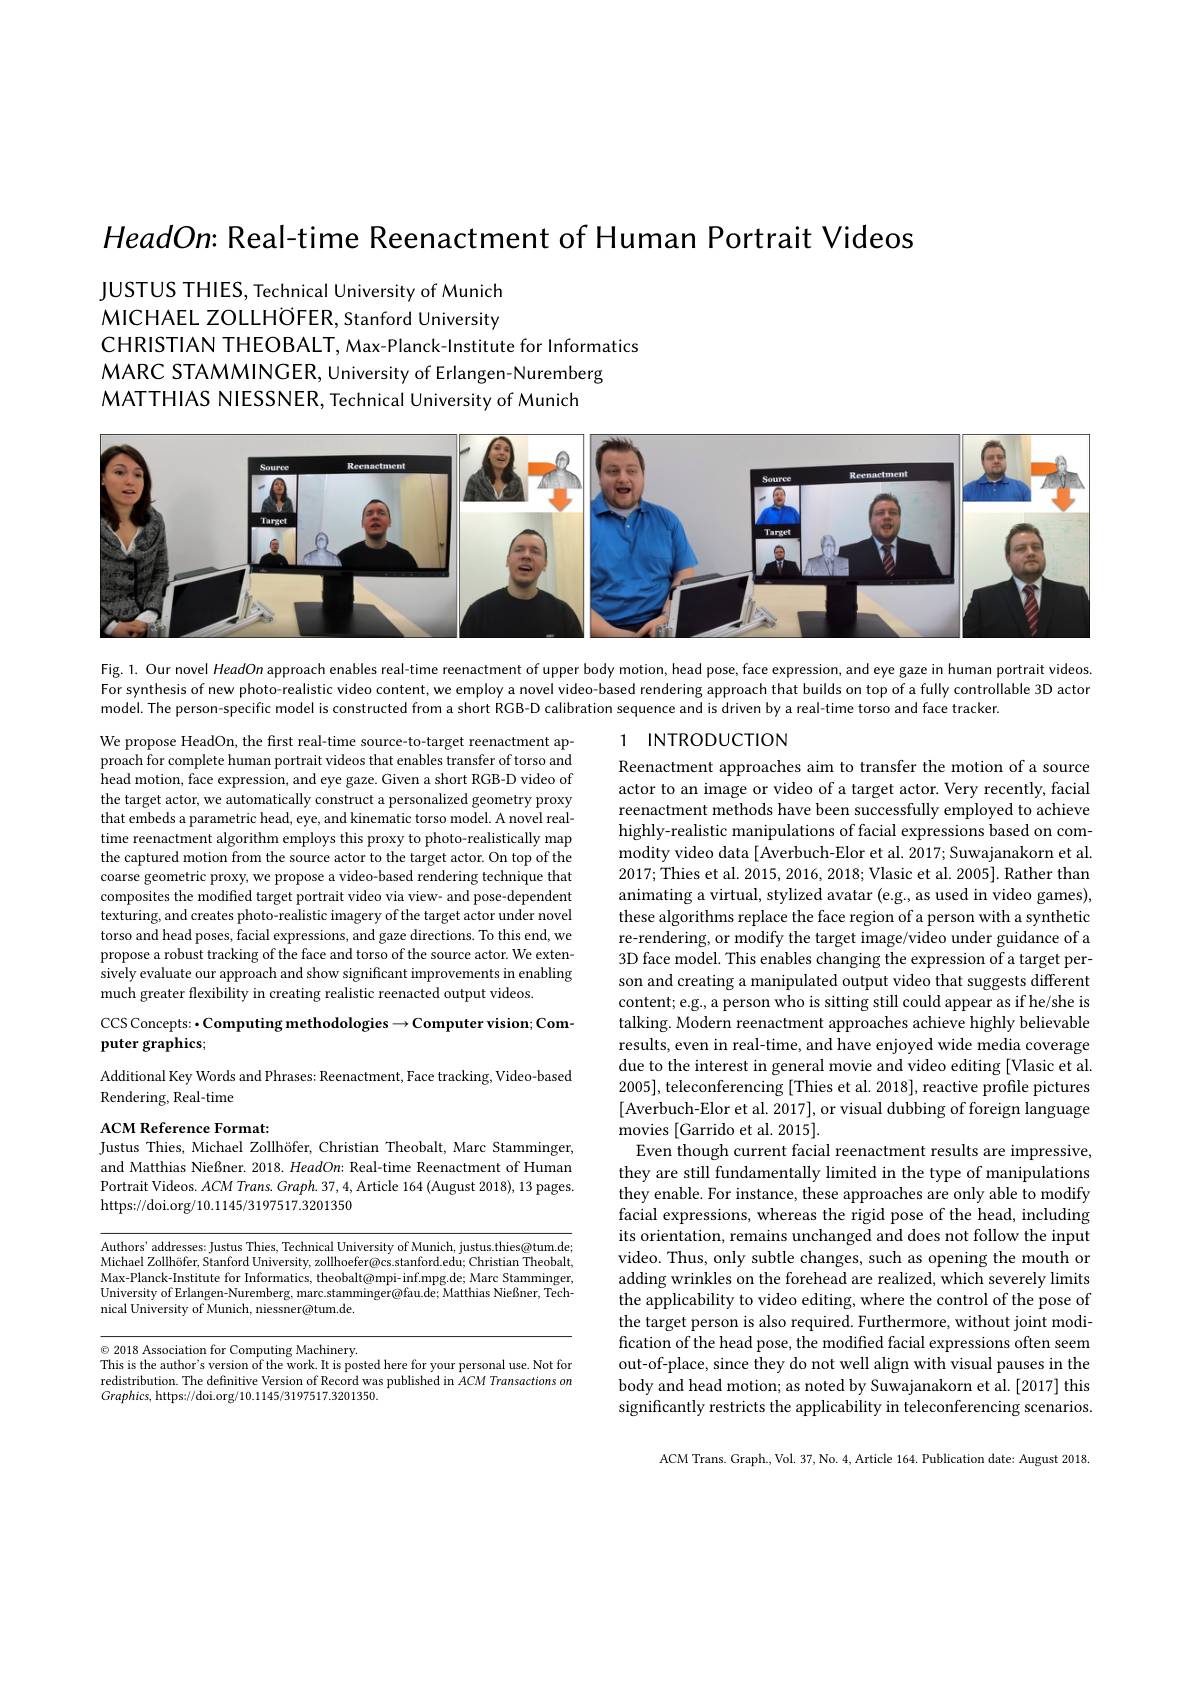
$HeadOn{:}$ Real-time Reenactment of Human Portrait Videos

JUSTUS THIES, Technical University of Munich MICHAEL ZOLLHOFER, Stanford University CHRISTIAN THEOBALT, Max-Planck-Institute for Informatics
MARC STAMMINGER, University of Erlangen-Nuremberg
MATTHIAS NIESSNER, Technical University of Munich

<FigureHere>

Fig. 1. Our novel HeadOn approach enables real-time reenactment of upper body motion, head pose, face expression, and eye gaze in human portrait videos. For synthesis of new photo-realistic video content, we employ a novel video based rendering approach that builds on top of a fully controllable 3D actor model. The person-specific model is constructed from a short RGB-D calibration sequence and is driven by a real-time torso and face tracker.

We propose HeadOn, the first real-time source-to-target reenactment approach for complete human portrait videos that enables transfer of torso and $\hat{\text{head motion, face expression, and eye gaze. Given a short RGB-D video of}}$ the target actor, we automatically construct a personalized geometry proxy that embeds a parametric head, eye, and kinematic torso model. A novel realtime reenactment algorithm employs this proxy to photo-realistically map the captured motion from the source actor to the target actor. On top of the coarse geometric proxy, we propose a video-based rendering technique that composites the modified target portrait video via view- and pose-dependent texturing, and creates photo-realistic imagery of the target actor under novel torso and head poses, facial expressions, and gaze directions. To this end, we propose a robust tracking of the face and torso of the source actor. We extensively evaluate our approach and show significant improvements in enabling much greater flexibility in creating realistic reenacted output videos.

# CCS Concepts: · Computing methodologies $\to$Computer vision; Computer graphics;

Additional Key Words and Phrases: Reenactment, Face tracking, Video-based
Rendering, Real-time

1 $INTRODUCTION$
Reenactment approaches aim to transfer the motion of a source actor to an image or video of a target actor. Very recently, facial reenactment methods have been successfully employed to achieve highly-realistic manipulations of facial expressions based on commodity video data[ Averbuch-Elor et al. 2017; Suwajanakorn et al. 2017; Thies et al. 2015,2016,2018; Vlasic et al. 2005]. Rather than animating a virtual, stylized avatar (e.g., as used in video games), these algorithms replace the face region of a person with a synthetic re-rendering, or modify the target image/video under guidance of a 3D face model. This enables changing the expression of a target person and creating a manipulated output video that suggests different content; e.g., a person who is sitting still could appear as if he/she is talking. Modern reenactment approaches achieve highly believable results, even in real-time, and have enjoyed wide media coverage due to the interest in general movie and video editing [Vlasic et al. 2005], teleconferencing [Thies et al. 2018], reactive profile pictures [Averbuch-Elor et al. 2017],or visual dubbing of foreign language movies [Garrido et al. 2015].
Even though current facial reenactment results are impressive, they are still fundamentally limited in the type of manipulations they enable. For instance, these approaches are only able to modify facial expressions, whereas the rigid pose of the head, including its orientation, remains unchanged and does not follow the input video. Thus, only subtle changes, such as opening the mouth or adding wrinkles on the forehead are realized, which severely limits the applicability to video editing, where the control of the pose of the target person is also required. Furthermore, without joint modification of the head pose, the modified facial expressions often seem out-of-place, since they do not well align with visual pauses in the body and head motion; as noted by Suwajanakorn et al. [2017] this significantly restricts the applicability in teleconferencing scenarios.

ACM Reference Format:
Justus Thies, Michael Zollhöfer, Christian Theobalt, Marc Stamminger,

and Matthias Nießner. 2018. HeadOn: Real-time Reenactment of Human Portrait Videos. $ACM$ Trans. Graph. 37, 4, Article 164 (August 2018), 13 pages. https://doi.org/10.1145/3197517.3201350

Authors' addresses: Justus Thies, Technical University of Munich, justus.thies@tum.de; Michael Zollhöfer, Stanford University, zollhoefer@cs.stanford.edu; Christian Theobalt, Max-Planck-Institute for Informatics, theobalt@mpi-inf.mpg.de; Marc Stamminger, University of Erlangen-Nuremberg, marc.stamminger@fau.de; Matthias Nießner, Technical University of Munich, niessner@tum.de.

$\textcircled{\circ}2018$ Association for Computing Machinery.
This is the author's version of the work. It is posted here for your personal use. Not for redistribution. The definitive Version of Record was published in ACM Transactions on $Graphics$, https://doi.org/10.1145/3197517.3201350.

ACM Trans. Graph., Vol. 37, No. 4, Article 164. Publication date: August 2018